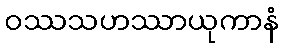
ဝဿသဟဿာယုကာနံ